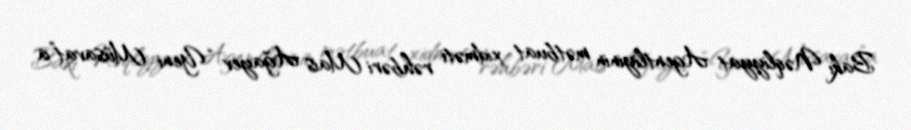
Bakı Nəqliyyat Agentliyinin mətbuat xidməti rəhbəri Mais Ağayev “Yeni Müsavat”a